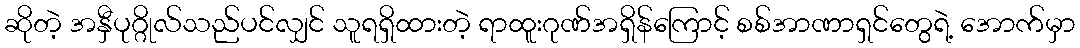
ဆိုတဲ့ အနှီပုဂ္ဂိုလ်သည်ပင်လျှင် သူရရှိထားတဲ့ ရာထူးဂုဏ်အရှိန်ကြောင့် စစ်အာဏာရှင်တွေရဲ့ အောက်မှာ